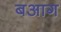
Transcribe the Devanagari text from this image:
बआग